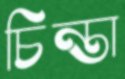
চিন্তা